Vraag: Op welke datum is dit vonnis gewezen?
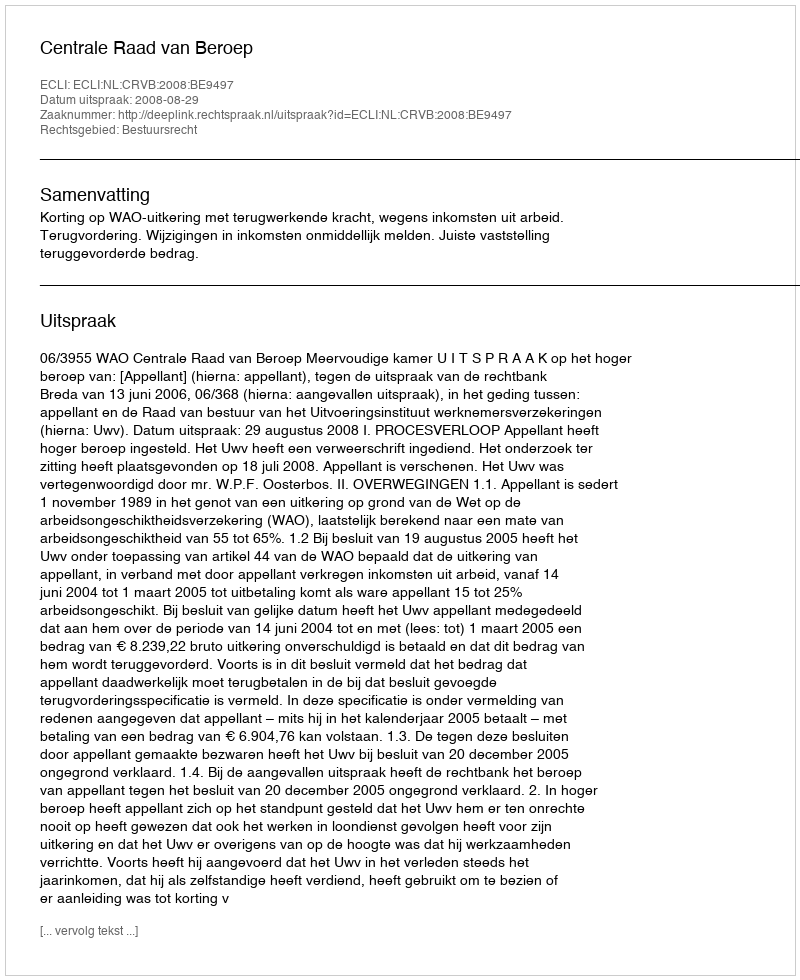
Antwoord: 2008-08-29